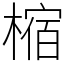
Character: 樎